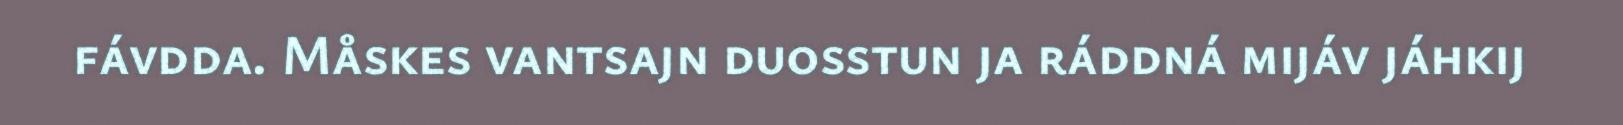
fávdda. Måskes vantsajn duosstun ja ráddná mijáv jáhkij